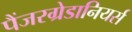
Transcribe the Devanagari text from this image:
पैंजरग्रेडानियर्स